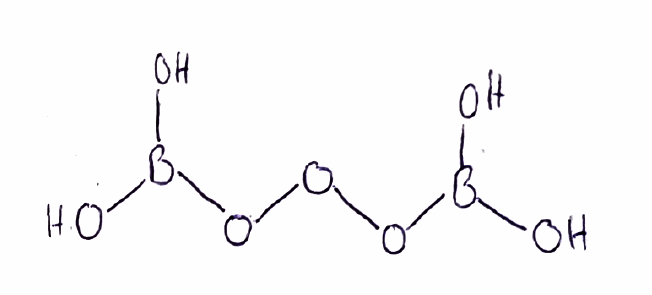
Simplified molecular-input line-entry system (SMILES) notation of the given molecule:
B(O)(O)OOOB(O)O